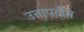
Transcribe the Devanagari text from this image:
उत्तापदीप्त